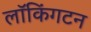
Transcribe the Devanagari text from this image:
लॉकिंगटन